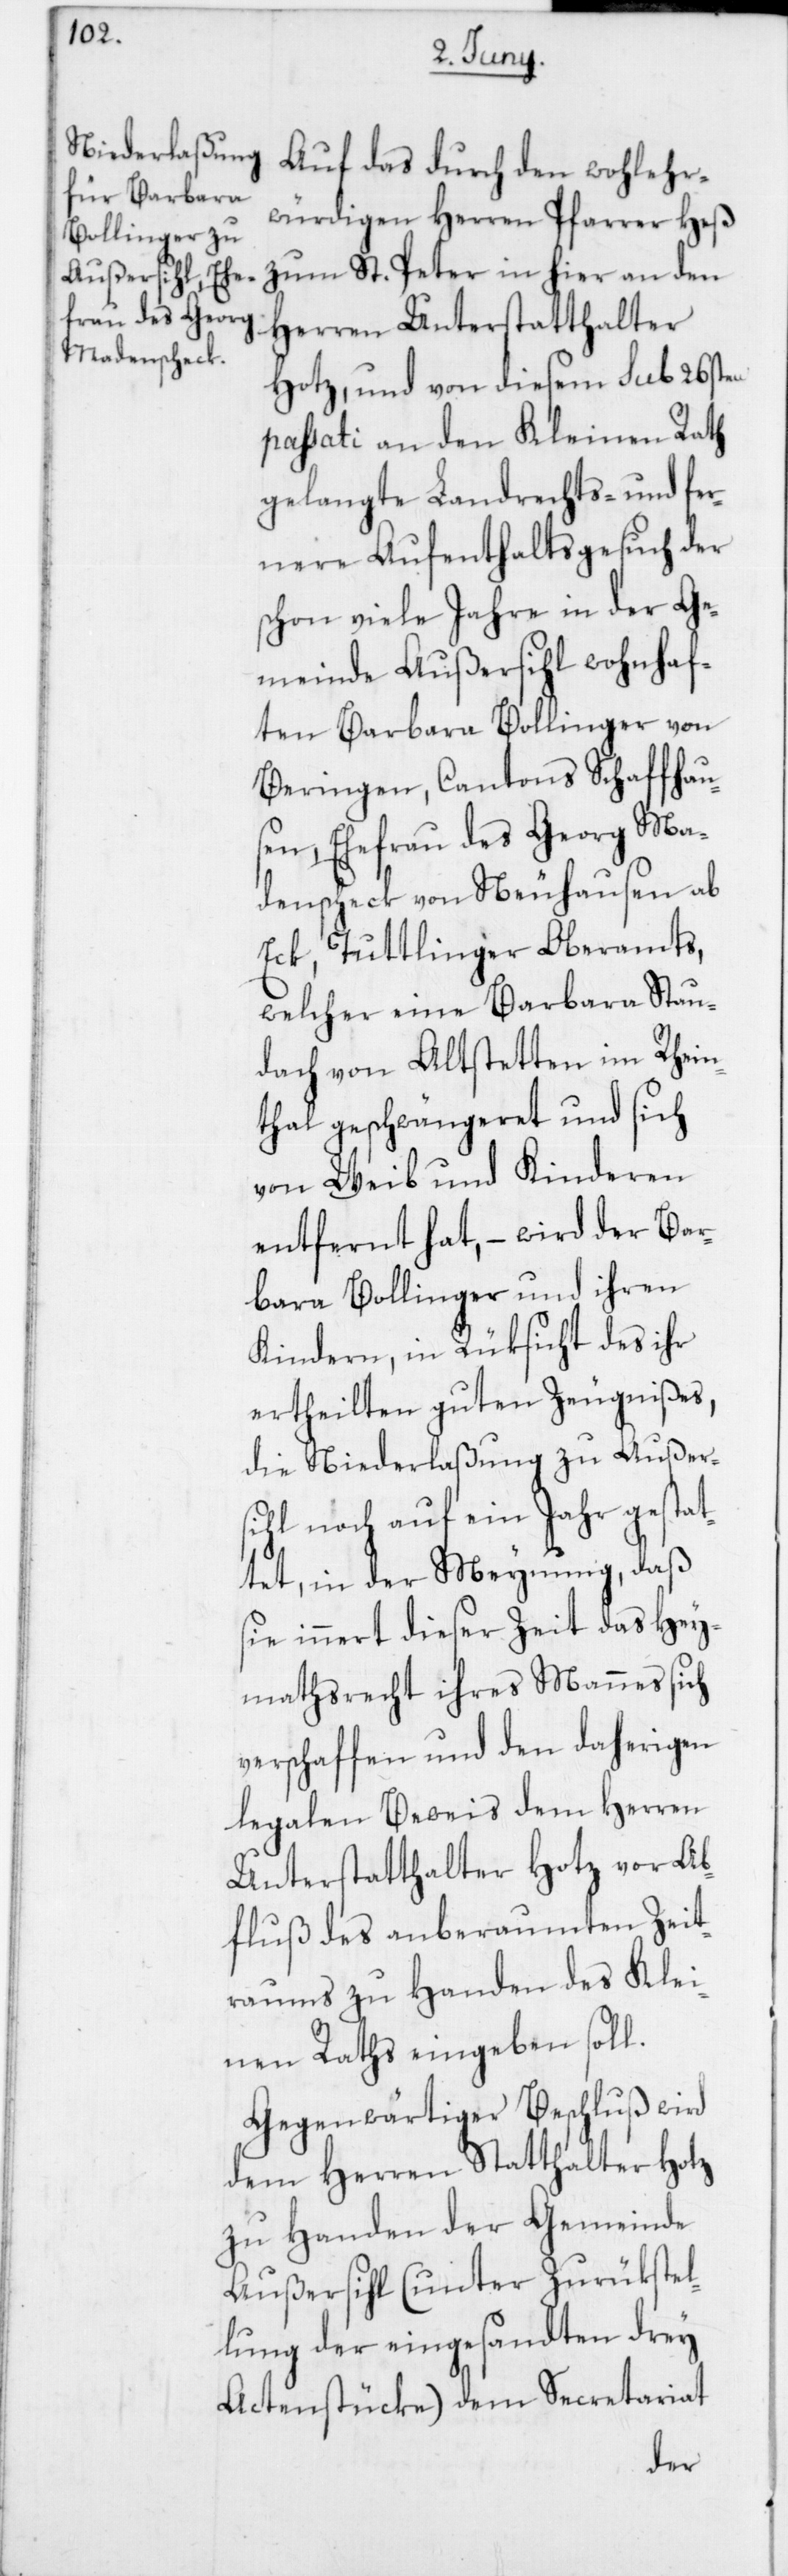
Auf das durch den wohlehr¬
würdigen Herren Pfarrer Heß
zum St. Peter in hier an den
Herren Unterstatthalter
Hotz, und von diesem sub 26sten
passati an den Kleinen Rath
gelangte Landrechts- und fer¬
nere Aufenthaltsgesuch der
schon viele Jahre in der Ge¬
meinde Außersihl wohnhaf¬
ten Barbara Bollinger von
Beringen, Cantons Schaffhau¬
sen, Ehefrau des Georg Ma¬
denscheck von Neuhausen ab
Eck, Tuttlinger Oberamts,
welcher eine Barbara Stau¬
dach von Altstetten im Rhein¬
thal geschwängeret und sich
von Weib und Kinderen
entfernt hat, – wird der Bar¬
bara Bollinger und ihren
Kinderen, in Rüksicht des ihr
ertheilten guten Zeugnißes,
die Niederlaßung zu Außer¬
sihl noch auf ein Jahr gestat¬
tet, in der Meynung, daß
sie innert dieser Zeit das Hey¬
mathsrecht ihres Mannes sich
verschaffen und den daherigen
legalen Beweis dem Herren
Unterstatthalter Hotz vor Ab¬
fluß des anberaumten Zeit¬
raums zu Handen des Klei¬
nen Raths eingeben soll.
Gegenwärtiger Beschluß wird
dem Herren Statthalter Hotz
zu Handen der Gemeinde
Außersihl (unter Zurükstel¬
lung der eingesandten drey
Actenstücke) dem Secretariat